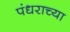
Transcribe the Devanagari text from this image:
पंधराच्या